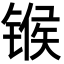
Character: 𬭤